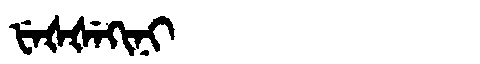
Manchu: ᡶᡝᡧᡧᡝᡴᡳᠨᡳ
Romanization: FEŠŠEKINI